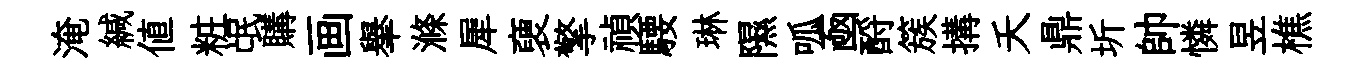
淹緘値粧氓購画𦦙滌犀褏擎禎騕琳隰呱凾酹簇搆夭鼎圻帥憐昱樵